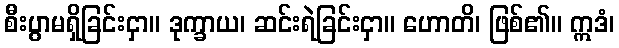
စီးပွာမရှိခြင်းငှာ။ ဒုက္ခာယ၊ ဆင်းရဲခြင်းငှာ။ ဟောတိ၊ ဖြစ်၏။ ဣဒံ၊